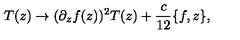
T ( z ) \rightarrow ( \partial _ { z } f ( z ) ) ^ { 2 } T ( z ) + \frac { c } { 1 2 } \{ f , z \} ,